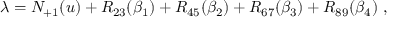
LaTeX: \lambda = N _ { + 1 } ( u ) + R _ { 2 3 } ( \beta _ { 1 } ) + R _ { 4 5 } ( \beta _ { 2 } ) + R _ { 6 7 } ( \beta _ { 3 } ) + R _ { 8 9 } ( \beta _ { 4 } ) ~ ,